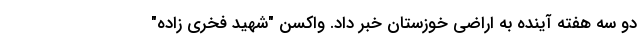
دو سه هفته آینده به اراضی خوزستان خبر داد. واکسن "شهید فخری ‌زاده"